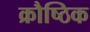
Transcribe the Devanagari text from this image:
क्रौष्ठिक